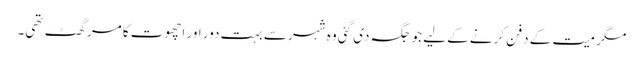
مگر میت کے دفن کرنے کے لیے جو جگہ دی گئی وہ شہر سے بہت دور اور اچھوت کا مرگھٹ تھی۔